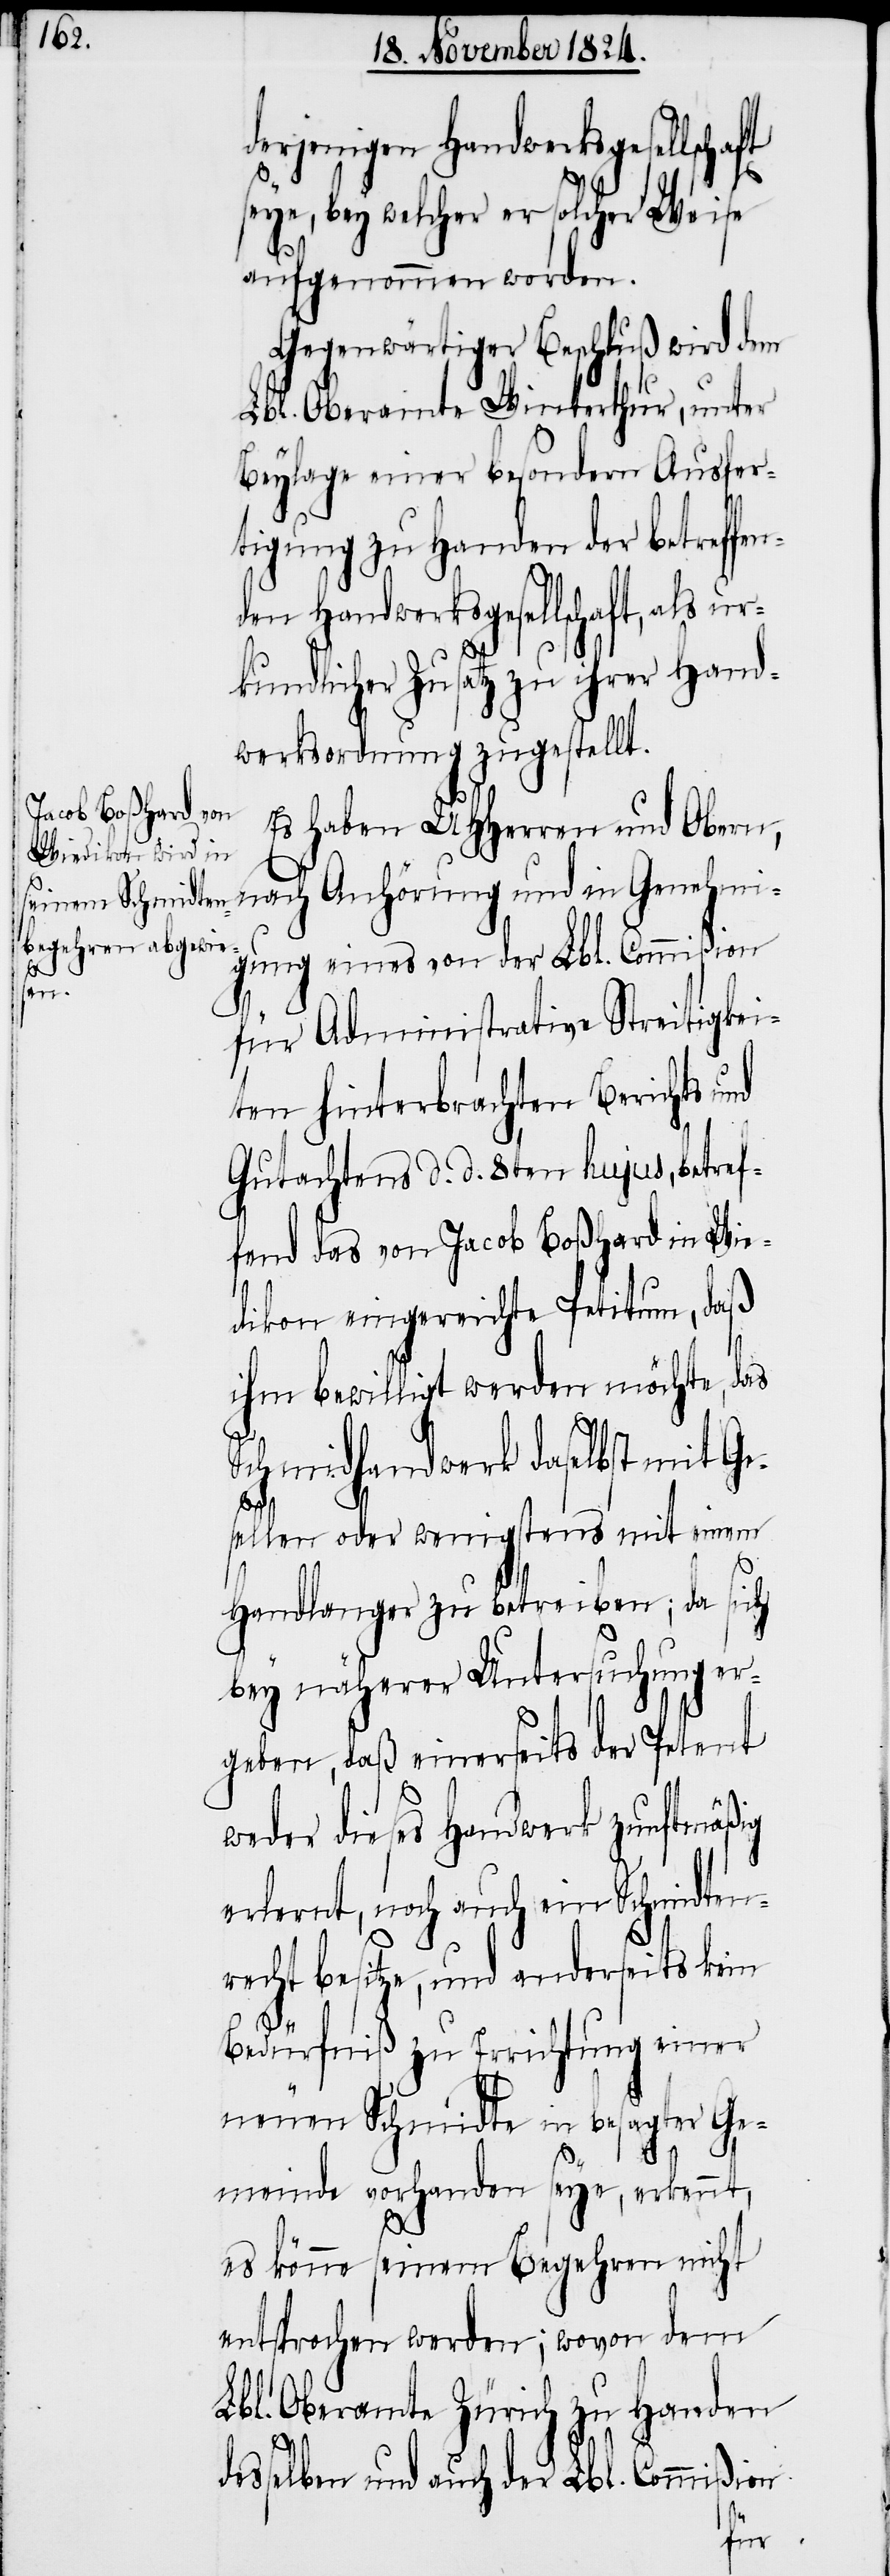
derjenigen Handwerksgesellschaft
seye, bey welcher er solcher Weise
aufgenommen worden.
Gegenwärtiger Beschluß wird dem
Lbl. Oberamte Winterthur, unter
Beylage einer besondern Ausfer¬
tigung zu Handen der betreffen¬
den Handwerksgesellschaft, als ur¬
kundlicher Zusatz zu ihrer Hand¬
werksordnung zugestellt.
Es haben UHHerren und Obern,
igung eines von der Lbl. Commißion
Gene¬
für Administrative Streitigkei¬
ten hinterbrachten Berichts und
Gutachtens d. d. 8ten hujus, betref¬
fend das von Jacob Boßhard in Wie¬
dikon eingereichte Petitum, daß
ihm bewilligt werden möchte, das
Schmidhandwerk daselbst mit Ge¬
hm¬
sellen oder wenigstens mit einem
Handlanger zu betreiben; da sich
bey näherer Untersuchung er¬
geben, daß einerseits der Petent
weder dieses Handwerk zunftmäßig
erlernt, noch auch ein Schmidten¬
recht besitze, und anderseits kein
Bedürfniß zu Errichtung einer
neuen Schmidte in besagter Ge¬
meinde vorhanden seye, erkennt,
es könne seinem Begehren nicht
entsprochen werden; wovon dem
Lbl. Oberamte Zürich zu Handen
desselben und auch der Lbl. Commißion